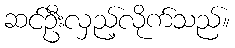
ဆင်ဦးလှည့်လိုက်သည်။